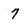
Character: 7